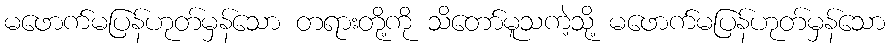
မဖောက်မပြန်ဟုတ်မှန်သော တရားတို့ကို သိတော်မူသကဲ့သို့ မဖောက်မပြန်ဟုတ်မှန်သော